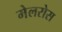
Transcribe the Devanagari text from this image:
मेलरोस